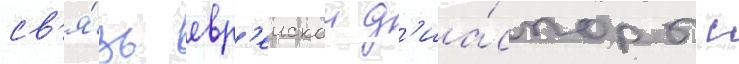
св'я́зь евр'еискои д'иа́споры с